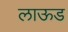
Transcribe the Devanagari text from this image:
लाऊड